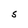
Character: S